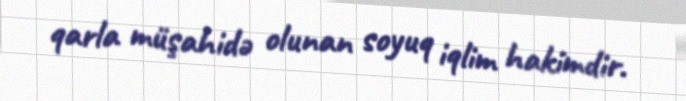
qarla müşahidə olunan soyuq iqlim hakimdir.